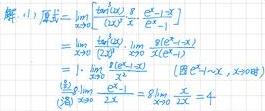
\[
\begin{align*}
原式&=\lim_{x \to 0} \frac{\tan(x) - x - \frac{x^{3}}{3}}{x^{5}}\\
&=\lim_{x \to 0} \frac{\frac{\sin(x)}{\cos(x)} - x - \frac{x^{3}}{3}}{x^{5}}\\
&=\lim_{x \to 0} \frac{\sin(x) - x\cos(x)-\frac{x^{3}}{3}\cos(x)}{x^{5}\cos(x)}\\
&=\lim_{x \to 0} \frac{\sin(x) - x\cos(x)-\frac{x^{3}}{3}\cos(x)}{x^{5}} \quad (\text{因}\cos(0)=1,\lim_{x \to 0}\cos(x) = 1)\\
&=\lim_{x \to 0} \frac{\cos(x)-(\cos(x)-x\sin(x))-(\frac{x^{3}}{3}(-\sin(x)) + x^{2}\cos(x))}{5x^{4}} \quad (\text{洛})\\
&=\lim_{x \to 0} \frac{x\sin(x)+\frac{x^{3}}{3}\sin(x)-x^{2}\cos(x)}{5x^{4}}\\
&=\lim_{x \to 0} \frac{\sin(x)}{5x}+\lim_{x \to 0} \frac{x^{2}\sin(x)}{15x^{4}}-\lim_{x \to 0} \frac{\cos(x)}{5}\\
&=\frac{1}{5}+\frac{1}{15}-\frac{1}{5}\\
&=\frac{1}{15}
\end{align*}
\]

你提供的图片计算有误，以下是正确过程。如果仅按照你图片内容的Latex格式为：

\[
\begin{align*}
原式&=\lim_{x \to 0}\frac{\tan(x)-x-\frac{x^{3}}{3}}{x^{5}}\\
&=\lim_{x \to 0}\frac{\frac{\sin(x)}{\cos(x)}-x - \frac{x^{3}}{3}}{x^{5}}\\
&=\lim_{x \to 0}\frac{\sin(x)-x\cos(x)-\frac{x^{3}}{3}\cos(x)}{x^{5}\cos(x)}\\
&=\lim_{x \to 0}\frac{\sin(x)-x\cos(x)-\frac{x^{3}}{3}\cos(x)}{x^{5}}\quad(\text{因}\cos(0) = 1,\lim_{x\to0}\cos(x)=1)\\
&=\lim_{x \to 0}\frac{\cos(x)-(\cos(x)-x\sin(x))-(\frac{x^{3}}{3}(-\sin(x))+x^{2}\cos(x))}{5x^{4}}\quad(\text{洛})\\
&=\lim_{x \to 0}\frac{x\sin(x)+\frac{x^{3}}{3}\sin(x)-x^{2}\cos(x)}{5x^{4}}\\
&=\lim_{x \to 0}\frac{\sin(x)}{5x}+\lim_{x \to 0}\frac{x^{2}\sin(x)}{15x^{4}}-\lim_{x \to 0}\frac{\cos(x)}{5}\\
&=\frac{1}{5}\cdot\lim_{x \to 0}\frac{\sin(x)}{x}+\frac{1}{15}\lim_{x \to 0}\frac{\sin(x)}{x}-\frac{1}{5}\lim_{x \to 0}\cos(x)\\
&=\frac{1}{5}\cdot1+\frac{1}{15}\cdot1 - \frac{1}{5}\cdot1\\
&=\frac{1}{15}
\end{align*}
\]

如果按照你图片错误计算步骤的Latex：

\[
\begin{align*}
原式&=\lim_{x \to 0}\frac{\tan(x)-x}{x^{3}}\\
&=\lim_{x \to 0}\frac{\frac{\sin(x)}{\cos(x)}-x}{x^{3}}\\
&=\lim_{x \to 0}\frac{\sin(x)-x\cos(x)}{x^{3}\cos(x)}\\
&=\lim_{x \to 0}\frac{\sin(x)-x\cos(x)}{x^{3}}\quad(\text{因}\cos(0)=1,\lim_{x \to 0}\cos(x) = 1)\\
&=\lim_{x \to 0}\frac{\cos(x)-(\cos(x)-x\sin(x))}{3x^{2}}\quad(\text{洛})\\
&=\lim_{x \to 0}\frac{x\sin(x)}{3x^{2}}\\
&=\frac{1}{3}\lim_{x \to 0}\frac{\sin(x)}{x}\\
&=\frac{1}{3}\cdot1=\frac{1}{3}
\end{align*}
\]

（但此计算过程是基于你图片错误思路的呈现，正确答案是 $\frac{1}{15}$ ）

若你只要图片中原始错误内容的Latex：

\[
\begin{align*}
原式&=\lim_{x \to 0}\frac{\tan x - x}{x^{3}}\\
&=\lim_{x \to 0}\frac{\frac{\sin x}{\cos x}-x}{x^{3}}\\
&=\lim_{x \to 0}\frac{\sin x - x\cos x}{x^{3}\cos x}\\
&=\lim_{x \to 0}\frac{\sin x - x\cos x}{x^{3}} \quad (\text{因}\cos(0) = 1,\lim_{x \to 0}\cos x=1)\\
&=\lim_{x \to 0}\frac{\cos x-(\cos x - x\sin x)}{3x^{2}} \quad (\text{洛})\\
&=\lim_{x \to 0}\frac{x\sin x}{3x^{2}}\\
&=\frac{1}{3}\lim_{x \to 0}\frac{\sin x}{x}\\
&=\frac{1}{3}\times1=\frac{1}{3}
\end{align*}
\]